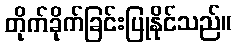
တိုက်ခိုက်ခြင်းပြုနိုင်သည်။